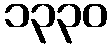
၁၃၃၀